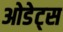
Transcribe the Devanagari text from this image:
ओडेट्स